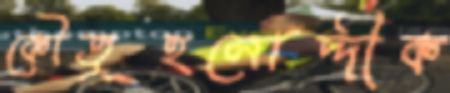
কৌতূহলোদ্দীক